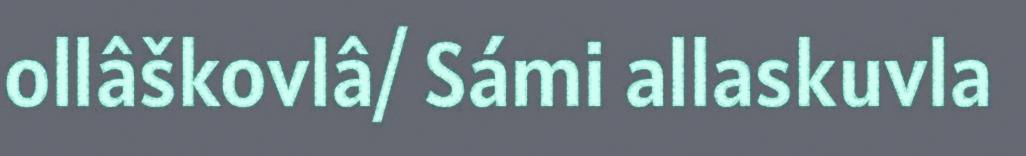
ollâškovlâ/ Sámi allaskuvla